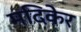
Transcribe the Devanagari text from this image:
मदिकेर